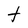
Character: t